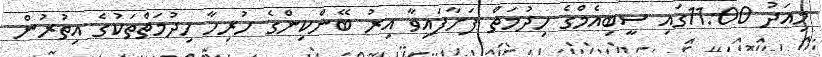
މިއަދު 11:00ގައި ސީބިއެމްގެ ހިދުމަތް ފަށާފައިވާ އިރު ބޭންކިންގެ ހުރިހާ ހިދުމަތްތަކުގެ އިތުރުން